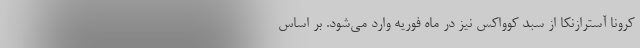
کرونا آسترازنکا از سبد کوواکس نیز در ماه فوریه وارد می‌شود. بر اساس